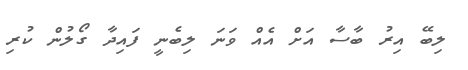
ލިބޭ އިރު ބާސާ އަށް އެއް ވަނަ ލިބެނީ ފައިދާ ގޯލުން ކުރި